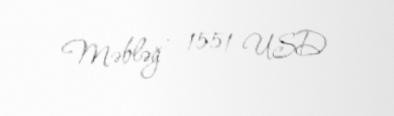
Məbləğ - 1551 USD